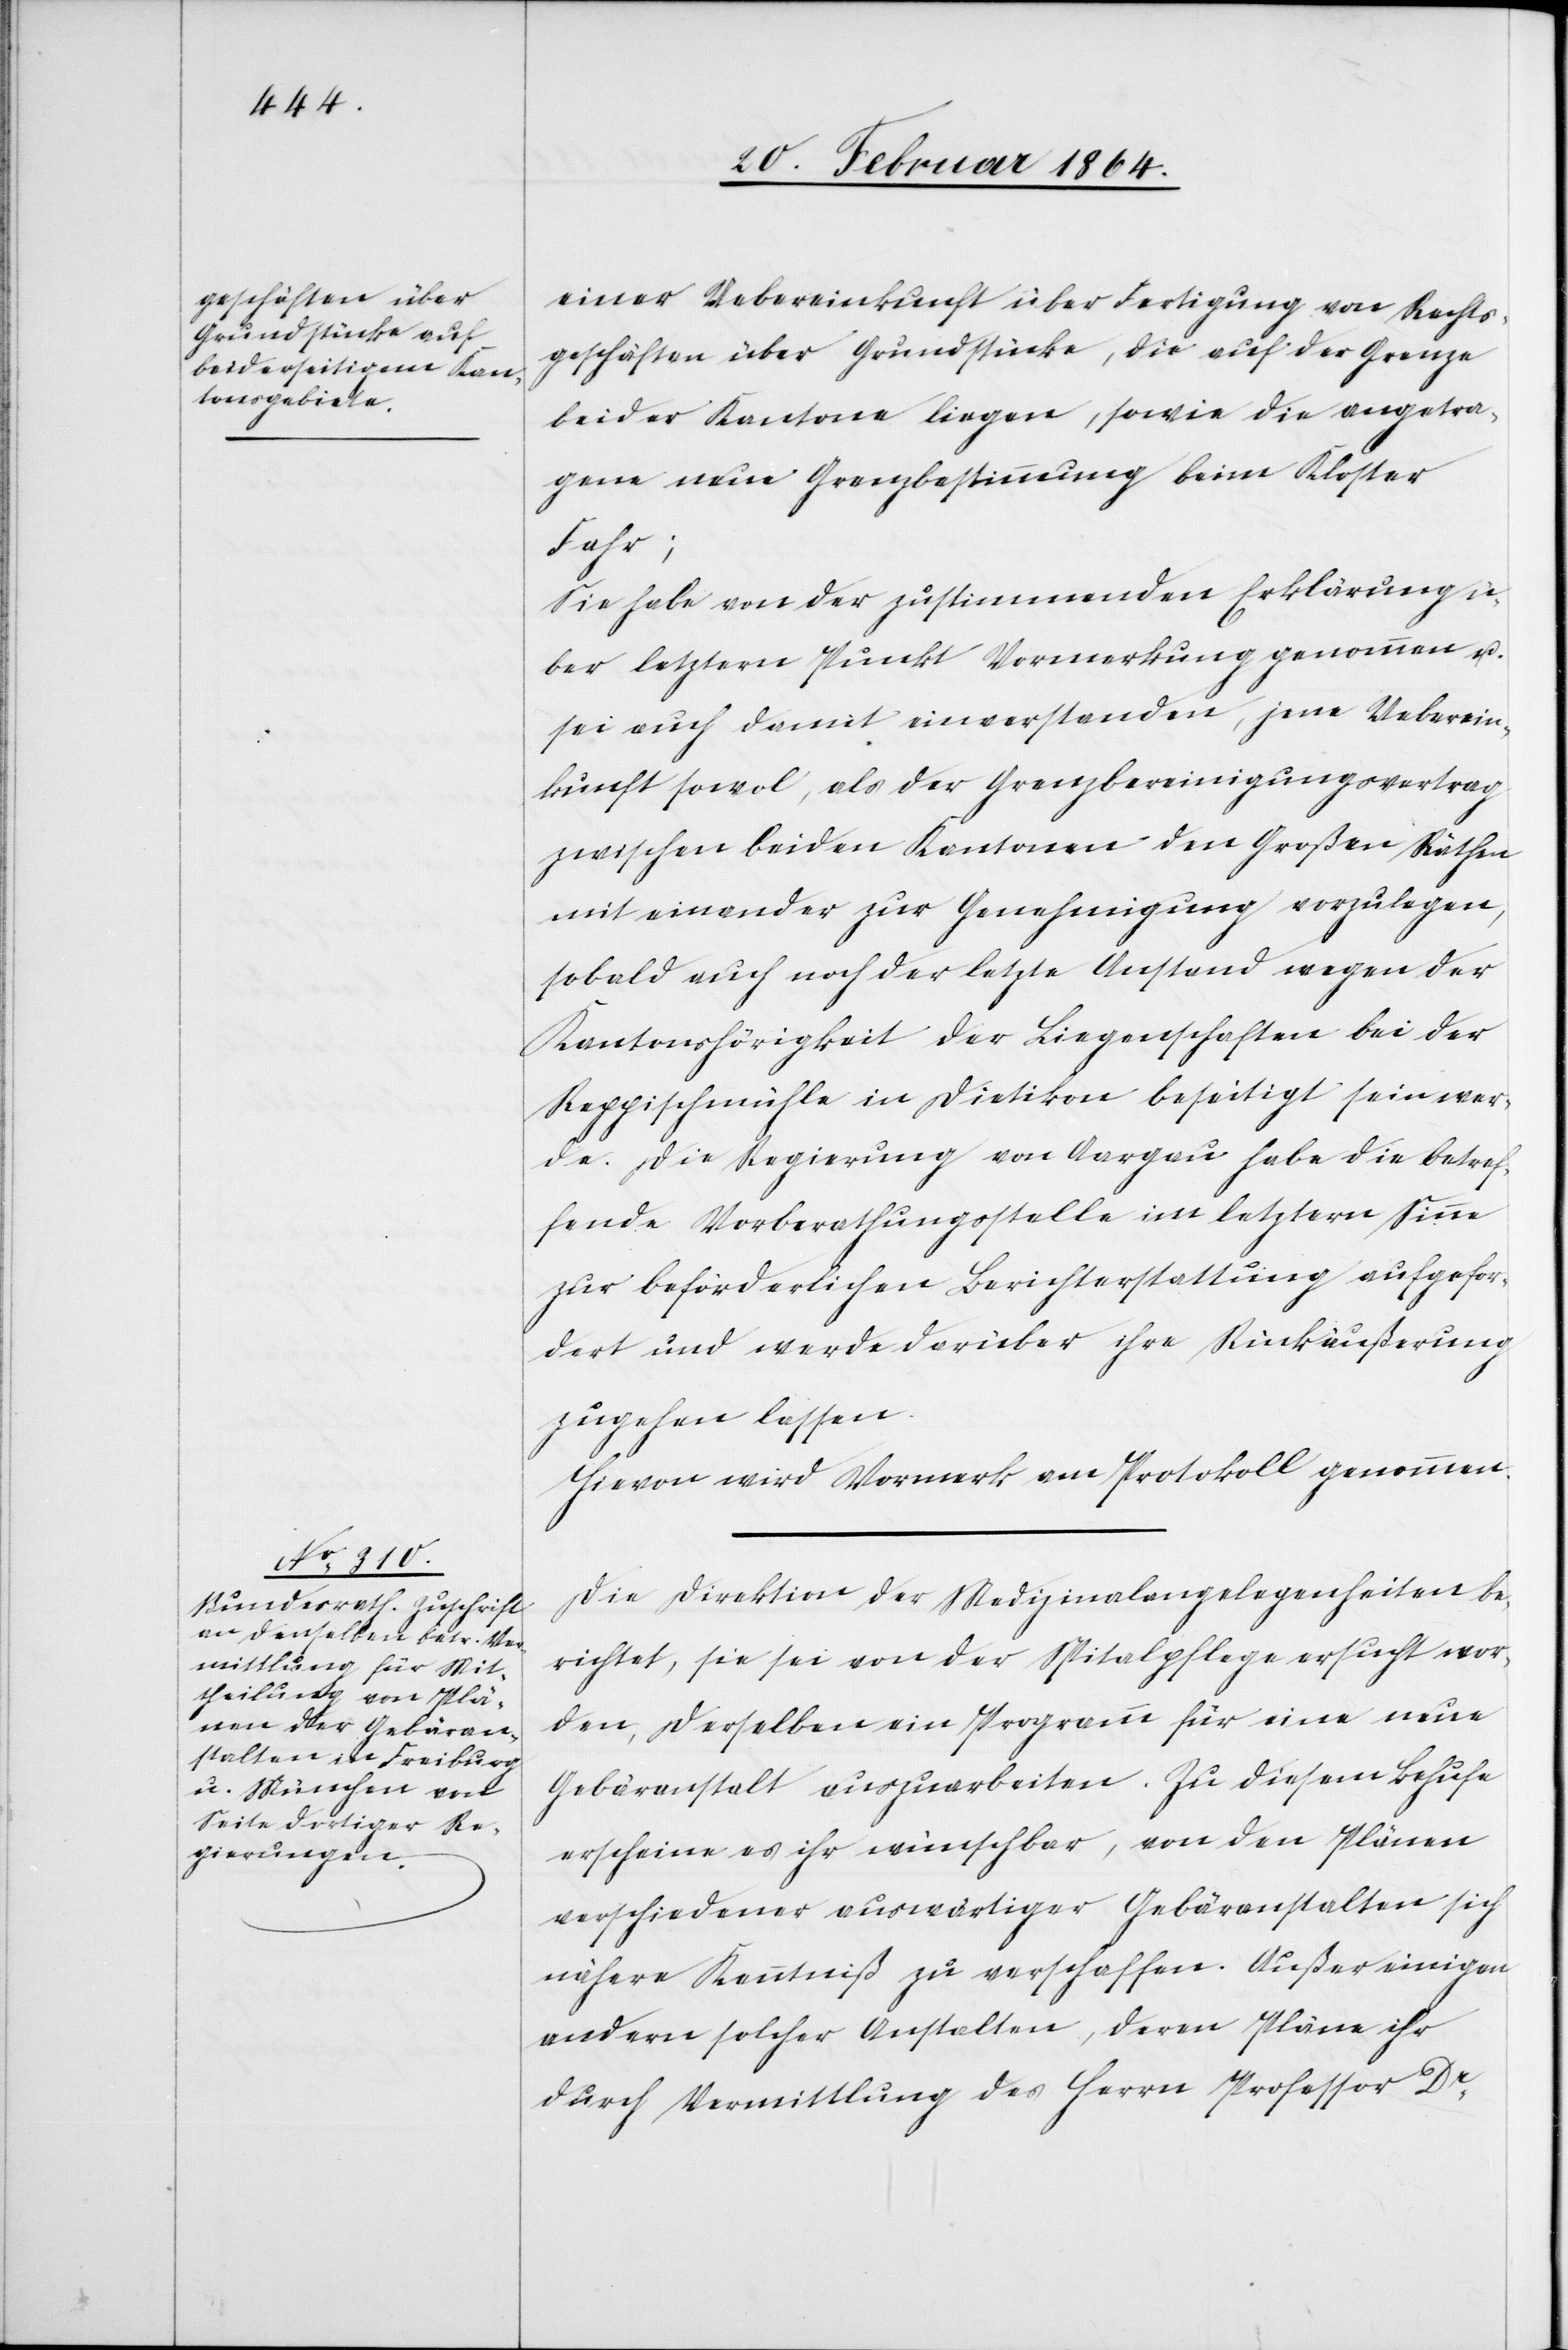
einer Uebereinkunft über Fertigung von Rechts¬
geschäften über Grundstücke, die auf der Grenze
beider Kantone liegen, sowie die angetra¬
gene neue Grenzbestimmung beim Kloster
Fahr;
Sie habe von der zustimmenden Erklärung ü¬
ber letztern Punkt Vormerkung genommen u.
sei auch damit einverstanden, jene Ueberein¬
kunft sowol, als der Grenzbereinigungsvertrag
zwischen beiden Kantonen den Großen Räthen
miteinander zur Genehmigung vorzulegen,
sobald auch noch der letzte Anstand wegen der
Kantonshörigkeit der Liegenschaften bei der
Reppischmühle in Dietikon beseitigt sein wer¬
de. Die Regierung von Aargau habe die betref¬
fende Vorberathungsstelle im letztern Sinne
zur beförderlichen Berichterstattung aufgefor¬
dert und werde darüber ihre Rückäußerung
zugehen lassen.
Hievon wird Vormerk am Protokoll genommen.
Die Direktion der Medizinalangelegenheiten be¬
richtet, sie sei von der Spitalpflege ersucht wor¬
den, derselben ein Programm für eine neue
Gebäranstalt auszuarbeiten. Zu diesem Behufe
erscheine es ihr wünschbar, von den Plänen
verschiedener auswärtiger Gebäranstalten sich
nähere Kenntniß zu verschaffen. Außer einigen
andern solcher Anstalten, deren Pläne ihr
durch Vermittlung des Herrn Professor Dr